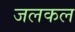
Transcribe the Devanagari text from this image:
जलकल